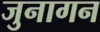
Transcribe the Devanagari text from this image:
जुनागन